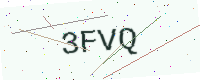
Text: 3FVQ